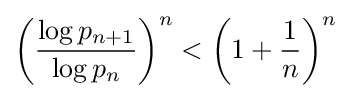
\left({\frac {\log p_{n+1}}{\log p_{n}}}\right)^{n}<\left(1+{\frac {1}{n}}\right)^{n}